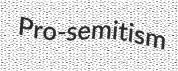
Pro-semitism